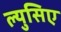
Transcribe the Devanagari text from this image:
ल्युसिए